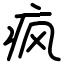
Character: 疯